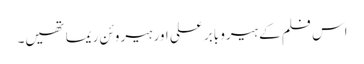
اس فلم کے ہیرو بابر علی اور ہیروئن ریما تھیں۔